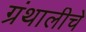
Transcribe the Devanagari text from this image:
ग्रंथालीचे